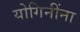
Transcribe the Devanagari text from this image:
योगिनींना